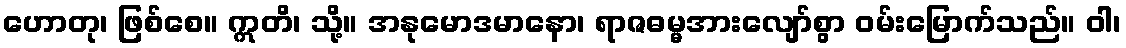
ဟောတု၊ ဖြစ်စေ။ ဣတိ၊ သို့။ အနုမောဒမာနော၊ ရာဇဓမ္မအားလျော်စွာ ဝမ်းမြောက်သည်။ ဝါ၊